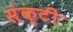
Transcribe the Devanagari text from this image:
संक्टी